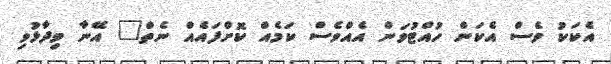
އެކަކު ވެސް އެކަން ހުއްޓުވަން އެއްވެސް ކަމެއް ކޮށްފައެއް ނެތް" އޭނާ ވިދާޅުވި